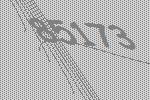
85173